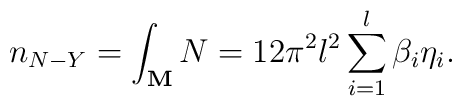
n_{N-Y}=\int_{{\bf M}}N=12\pi ^2l^2\sum\limits_{i=1}^l\beta _i\eta _i.